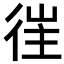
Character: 𢔎